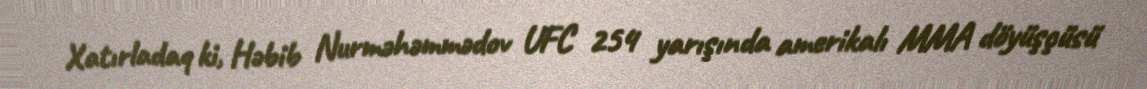
Xatırladaq ki, Həbib Nurməhəmmədov UFC 254 yarışında amerikalı MMA döyüşçüsü